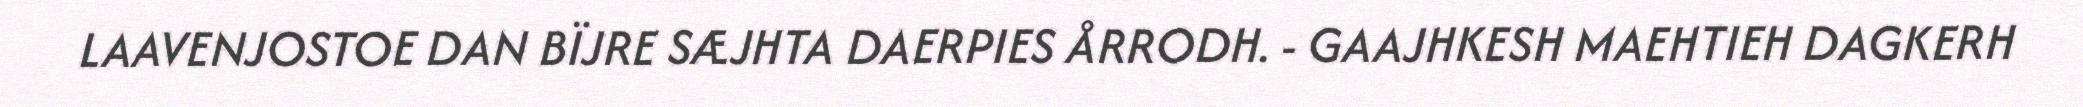
LAAVENJOSTOE DAN BÏJRE SÆJHTA DAERPIES ÅRRODH. - GAAJHKESH MAEHTIEH DAGKERH